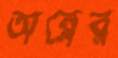
অন্নের